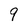
Character: q